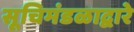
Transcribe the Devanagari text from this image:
सूचिमंडळाद्वारे